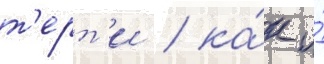
т'ерт'и / ка́к и́